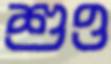
শুও